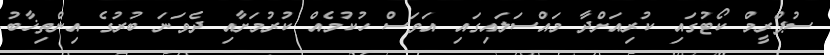
ސުޕްރީމް ކޯޓުގައި ކުރިއަށްދާ މައްސަލައިގައި އަވަސް ހުކުމެއް ކުރުމަށާއި ދެވަނަ ބުރުގެ އިންތިޚާބު